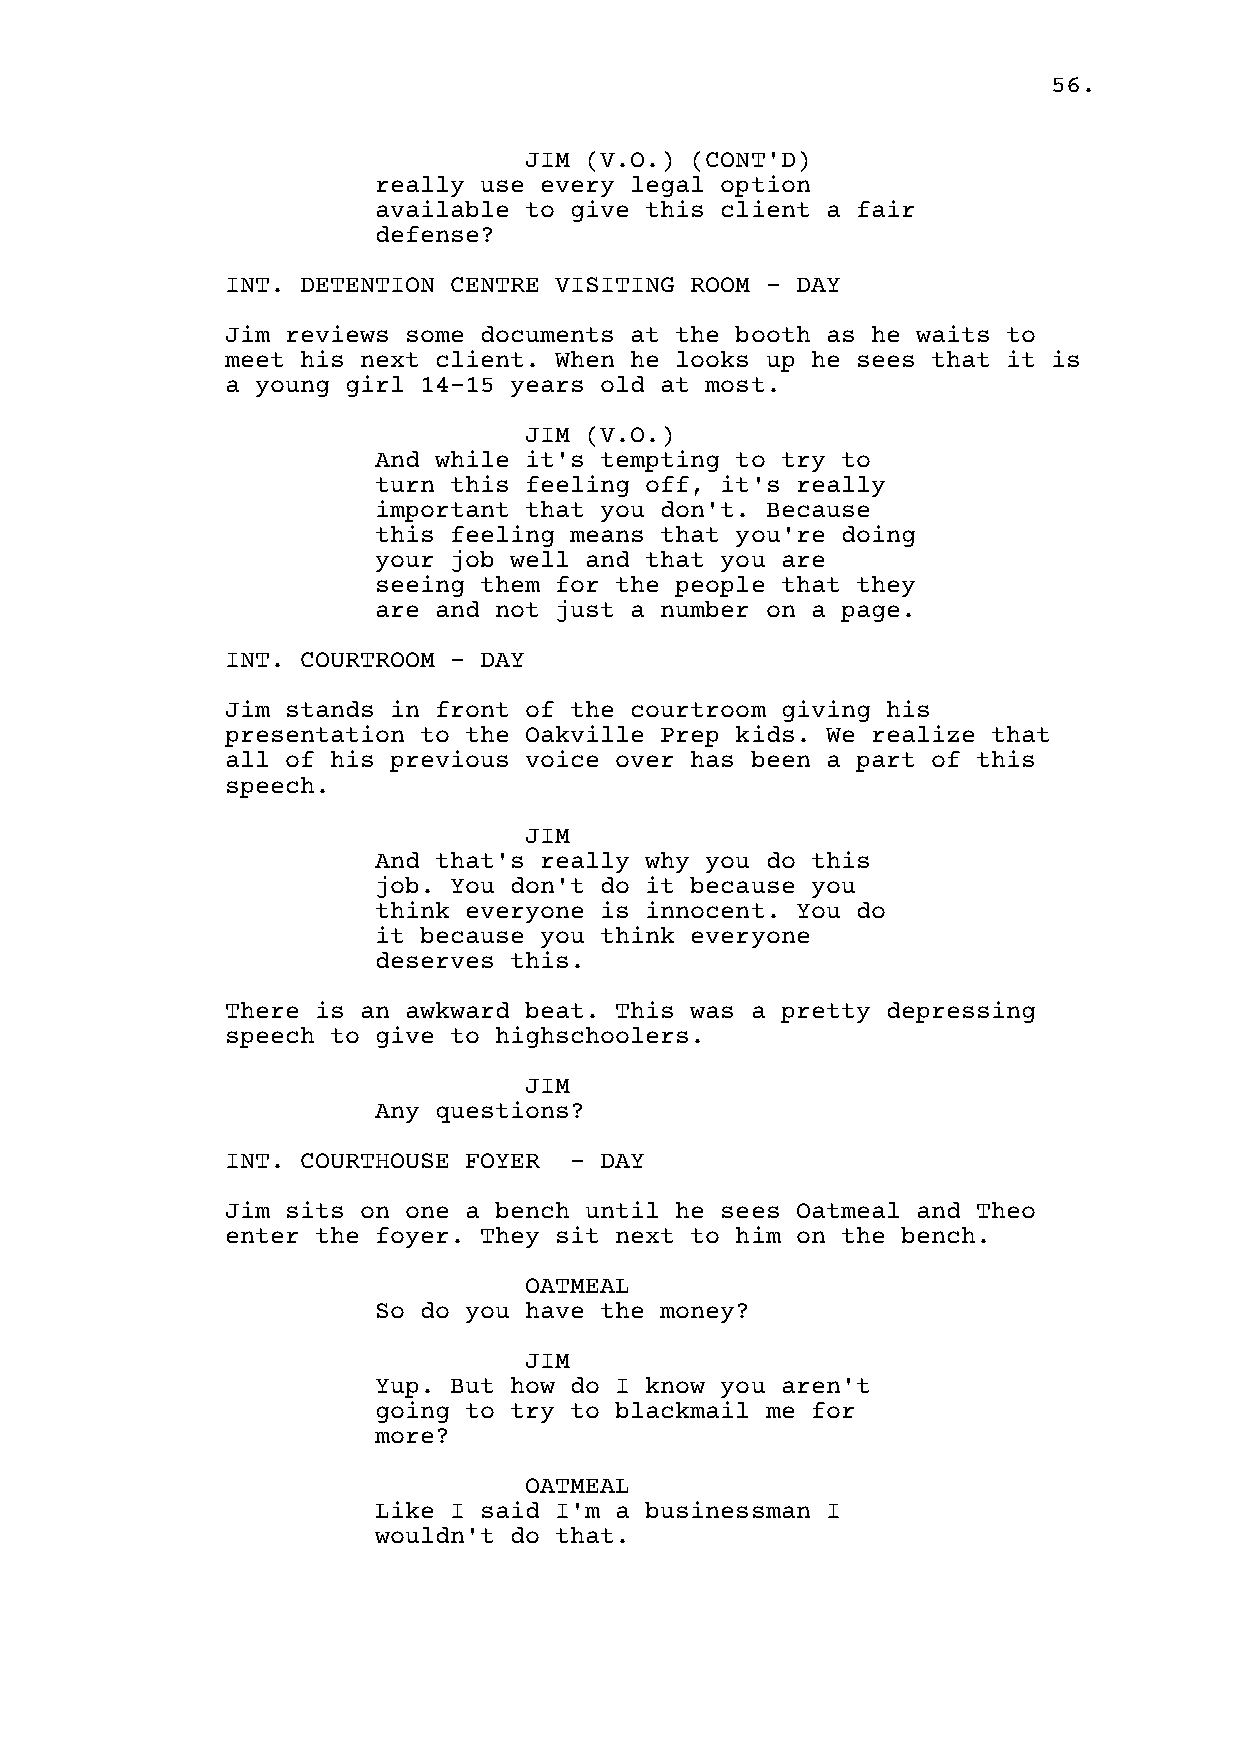
56.
 JIM (V.O.) (CONT'D)
 really use every legal option
 available to give this client a fair
 defense?
 INT. DETENTION CENTRE VISITING ROOM - DAY
 Jim reviews some documents at the booth as he waits to
 meet his next client. When he looks up he sees that it is
 a young girl 14-15 years old at most.
 JIM (V.O.)
 And while it's tempting to try to
 turn this feeling off, it's really
 important that you don't. Because
 this feeling means that you're doing
 your job well and that you are
 seeing them for the people that they
 are and not just a number on a page.
 INT. COURTROOM - DAY
 Jim stands in front of the courtroom giving his
 presentation to the Oakville Prep kids. We realize that
 all of his previous voice over has been a part of this
 speech.
 JIM
 And that's really why you do this
 job. You don't do it because you
 think everyone is innocent. You do
 it because you think everyone
 deserves this.
 There is an awkward beat. This was a pretty depressing
 speech to give to highschoolers.
 JIM
 Any questions?
 INT. COURTHOUSE FOYER  - DAY
 Jim sits on one a bench until he sees Oatmeal and Theo
 enter the foyer. They sit next to him on the bench.
 OATMEAL
 So do you have the money?
 JIM
 Yup. But how do I know you aren't
 going to try to blackmail me for
 more?
 OATMEAL
 Like I said I'm a businessman I
 wouldn't do that.